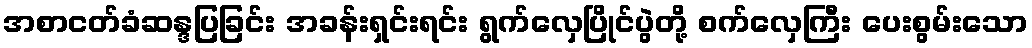
အစာငတ်ခံဆန္ဒပြခြင်း အခန်းရှင်းရင်း ရွက်လှေပြိုင်ပွဲတို့ စက်လှေကြီး ပေးစွမ်းသော